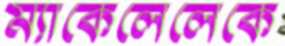
ম্যাকেলেলেকে